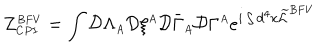
\displaystyle Z _ { \scriptscriptstyle C P I } ^ { \scriptscriptstyle B F V } = \int { \cal D } \Lambda _ { \scriptscriptstyle A } { \cal D } \xi ^ { \scriptscriptstyle A } { \cal D } \bar { \Gamma } _ { \scriptscriptstyle A } { \cal D } \Gamma ^ { \scriptscriptstyle A } e ^ { i \int d ^ { 4 } x \widetilde { \cal L } ^ { \scriptscriptstyle B F V } }